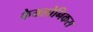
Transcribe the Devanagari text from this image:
केयलोनिकस